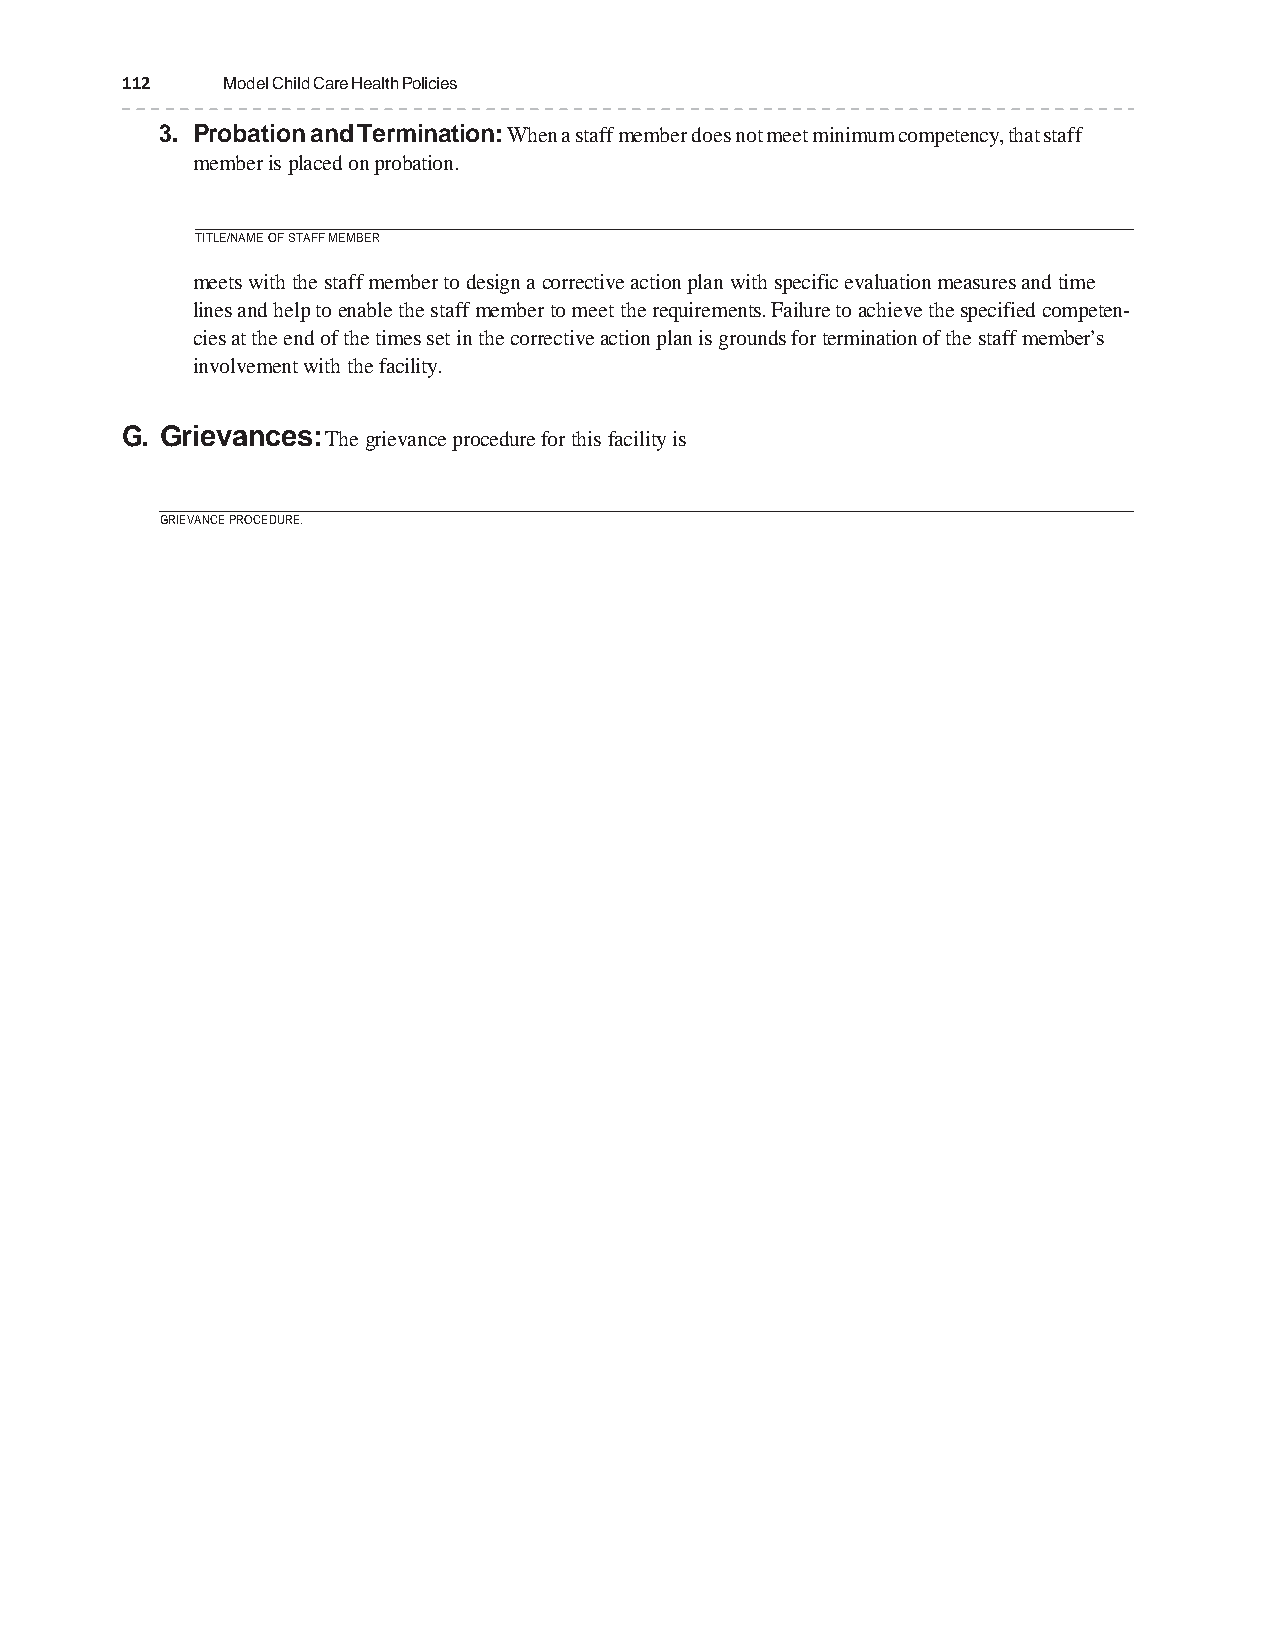
112    Model Child Care Health Policies
 3. Probation and Termination: When a staff member does not meet minimum competency, that staff
 member is placed on probation.
 TITLE/NAME OF STAFF MEMBER
 meets with the staff member to design a corrective action plan with specific evaluation measures and time
 lines and help to enable the staff member to meet the requirements. Failure to achieve the specified competen-
 cies at the end of the times set in the corrective action plan is grounds for termination of the staff member’s
 involvement with the facility.
 G. Grievances: The grievance procedure for this facility is
 GRIEVANCE PROCEDURE.